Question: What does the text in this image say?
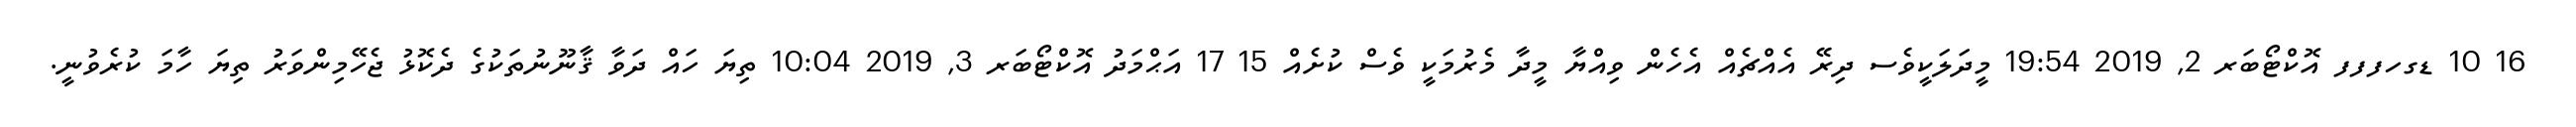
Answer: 16 10 ޑގހފފފ އޮކްޓޯބަރ 2, 2019 19:54 މީދަލަކީވެސ ދިރޭ އެއްޗެއް އެހެން ވިއްޔާ މީދާ މެރުމަކީ ވެސް ކުށެއް 15 17 އަޙްމަދު އޮކްޓޯބަރ 3, 2019 10:04 ތިޔަ ހައް ދަވާ ޤާނޫނުތަކުގެ ދެކޮޅު ޖެހޭމިންވަރު ތިޔަ ހާމަ ކުރެވުނީ.